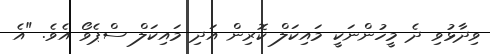
ވިދާޅުވި ދެ މީހުންނަކީ މައިކަލް ކޮރިން އަދި މައިކަލް ސްޕެވޯ އެވެ. "އެ